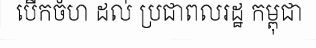
បើកចំហ ដល់ ប្រជាពលរដ្ឋ កម្ពុជា